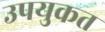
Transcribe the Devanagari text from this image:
उपयुकत